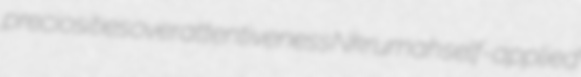
preciosities overattentiveness Nkrumah self-applied